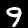
Label: 9